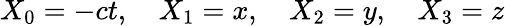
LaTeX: X_{0}=-ct,\quad X_{1}=x,\quad X_{2}=y,\quad X_{3}=z